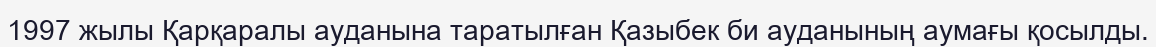
1997 жылы Қарқаралы ауданына таратылған Қазыбек би ауданының аумағы қосылды.